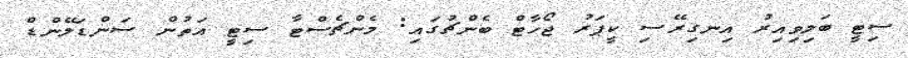
ސިޓީ ބަލިވިއިރު އިނގިރޭސި ކީޕަރު ޖޯހާޓް ބެންޗުގައި: މެންޗެސްޓާ ސިޓީ އަތުން ސަންޑަލޭންޑް